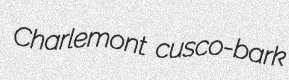
Charlemont cusco-bark